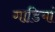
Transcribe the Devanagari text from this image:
गाडि़यां